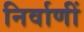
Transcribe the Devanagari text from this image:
निर्वाणीं